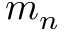
m _ { n }